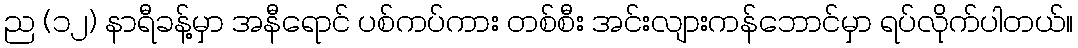
ည (၁၂) နာရီခန့်မှာ အနီရောင် ပစ်ကပ်ကား တစ်စီး အင်းလျားကန်ဘောင်မှာ ရပ်လိုက်ပါတယ်။